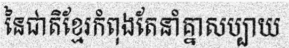
នៃជាតិខ្មែរកំពុងតែនាំគ្នាសប្បាយ